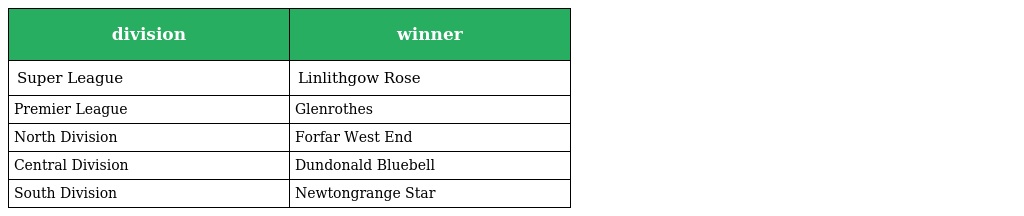
| division | winner |
 | --- | --- |
 | Super League | Linlithgow Rose |
 | Premier League | Glenrothes |
 | North Division | Forfar West End |
 | Central Division | Dundonald Bluebell |
 | South Division | Newtongrange Star |